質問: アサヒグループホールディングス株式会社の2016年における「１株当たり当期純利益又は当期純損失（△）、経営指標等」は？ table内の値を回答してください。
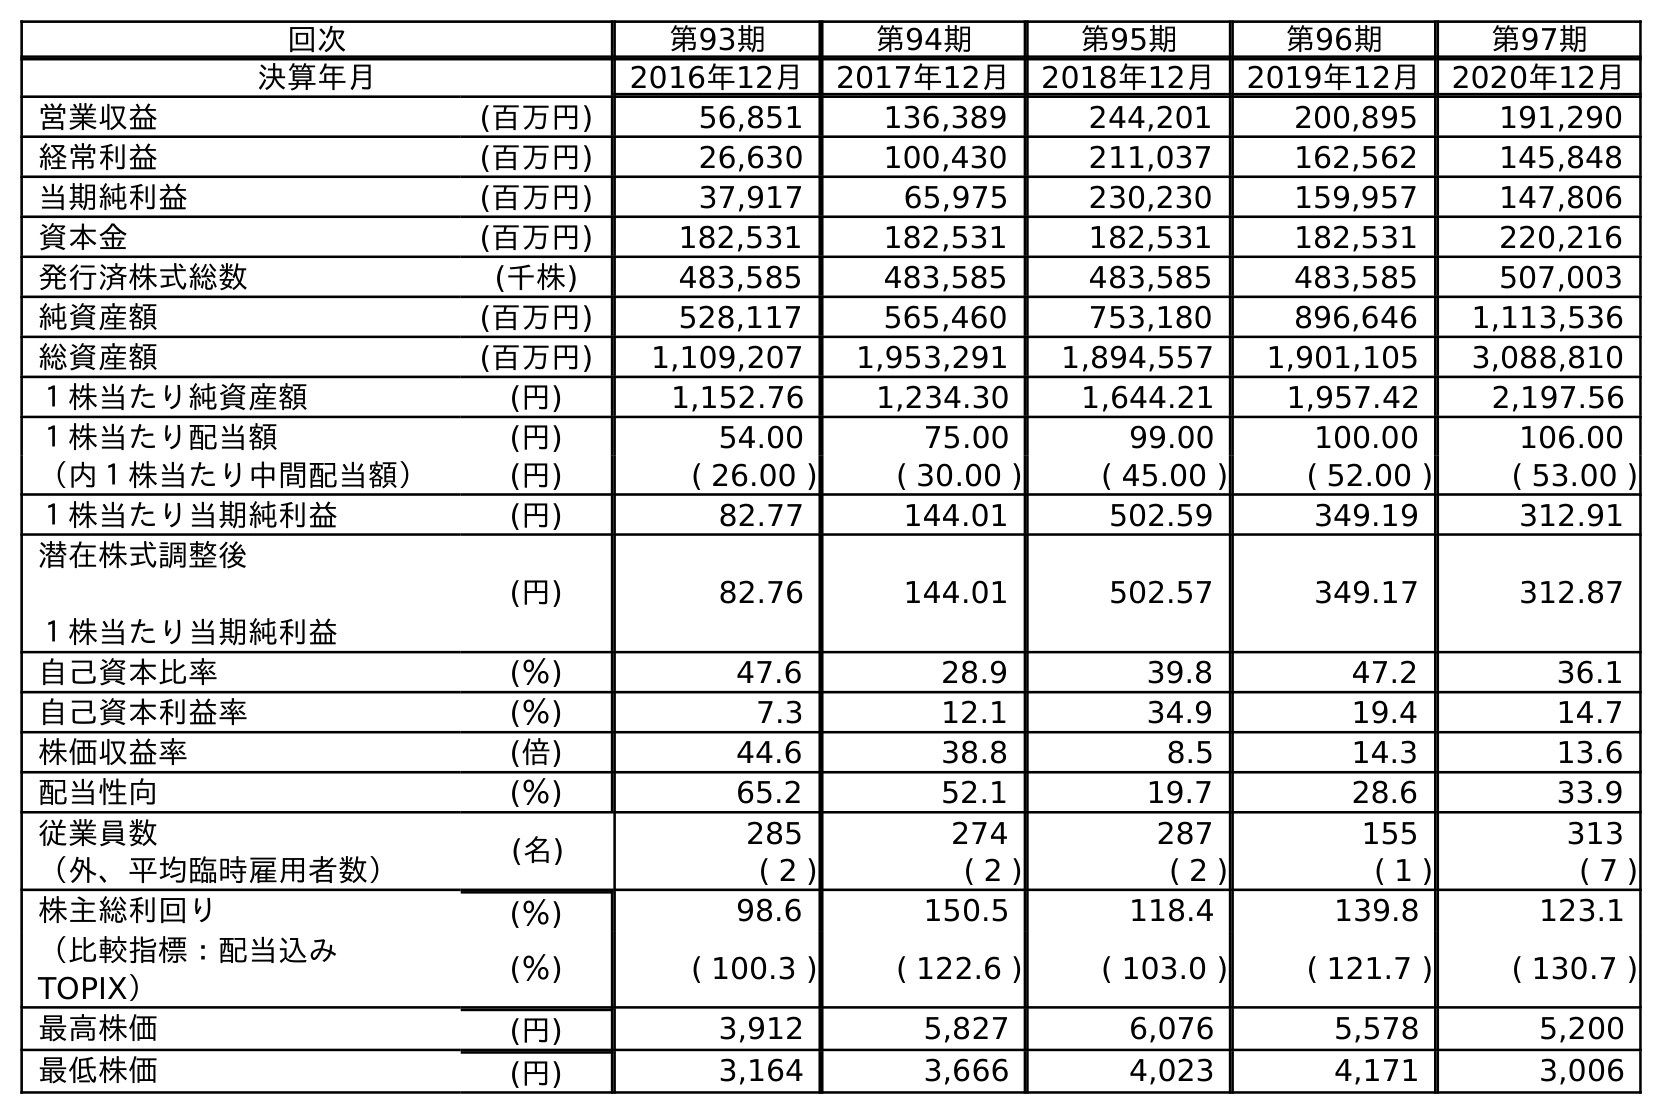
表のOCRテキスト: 回次 第93期 第94期 第95期 第96期 第97期 決算年月 2016年12月 2017年12月 2018年12月 2019年12月 2020年12月 営業収益 (百万円) 56,851 136,389 244,201 200,895 191,290 経常利益 (百万円) 26,630 100,430 211,037 162,562 145,848 当期純利益 (百万円) 37,917 65,975 230,230 159,957 147,806 資本金 (百万円) 182,531 182,531 182,531 182,531 220,216 発行済株式総数 (千株) 483,585 483,585 483,585 483,585 507,003 純資産額 (百万円) 528,117 565,460 753,180 896,646 1,113,536 総資産額 (百万円) 1,109,207 1,953,291 1,894,557 1,901,105 3,088,810 １株当たり純資産額 (円) 1,152.76 1,234.30 1,644.21 1,957.42 2,197.56 １株当たり配当額 (円) 54.00 75.00 99.00 100.00 106.00 （内１株当たり中間配当額） (円) ( 26.00 ) ( 30.00 ) ( 45.00 ) ( 52.00 ) ( 53.00 ) １株当たり当期純利益 (円) 82.77 144.01 502.59 349.19 312.91 潜在株式調整後 １株当たり当期純利益 (円) 82.76 144.01 502.57 349.17 312.87 自己資本比率 (％) 47.6 28.9 39.8 47.2 36.1 自己資本利益率 (％) 7.3 12.1 34.9 19.4 14.7 株価収益率 (倍) 44.6 38.8 8.5 14.3 13.6 配当性向 (％) 65.2 52.1 19.7 28.6 33.9 従業員数 (名) 285 274 287 155 313 （外、平均臨時雇用者数） ( 2 ) ( 2 ) ( 2 ) ( 1 ) ( 7 ) 株主総利回り (％) 98.6 150.5 118.4 139.8 123.1 （比較指標：配当込み TOPIX） (％) ( 100.3 ) ( 122.6 ) ( 103.0 ) ( 121.7 ) ( 130.7 ) 最高株価 (円) 3,912 5,827 6,076 5,578 5,200 最低株価 (円) 3,164 3,666 4,023 4,171 3,006
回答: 82.77